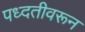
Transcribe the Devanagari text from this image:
पध्दतीवरून